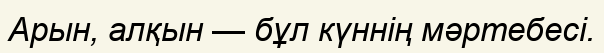
Арын, алқын — бұл күннің мәртебесі.